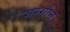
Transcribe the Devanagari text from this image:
गरगौन